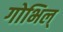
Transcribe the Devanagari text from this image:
गोभिल्